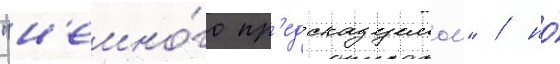
"н'емно́го пр'едсказуемои" / но́